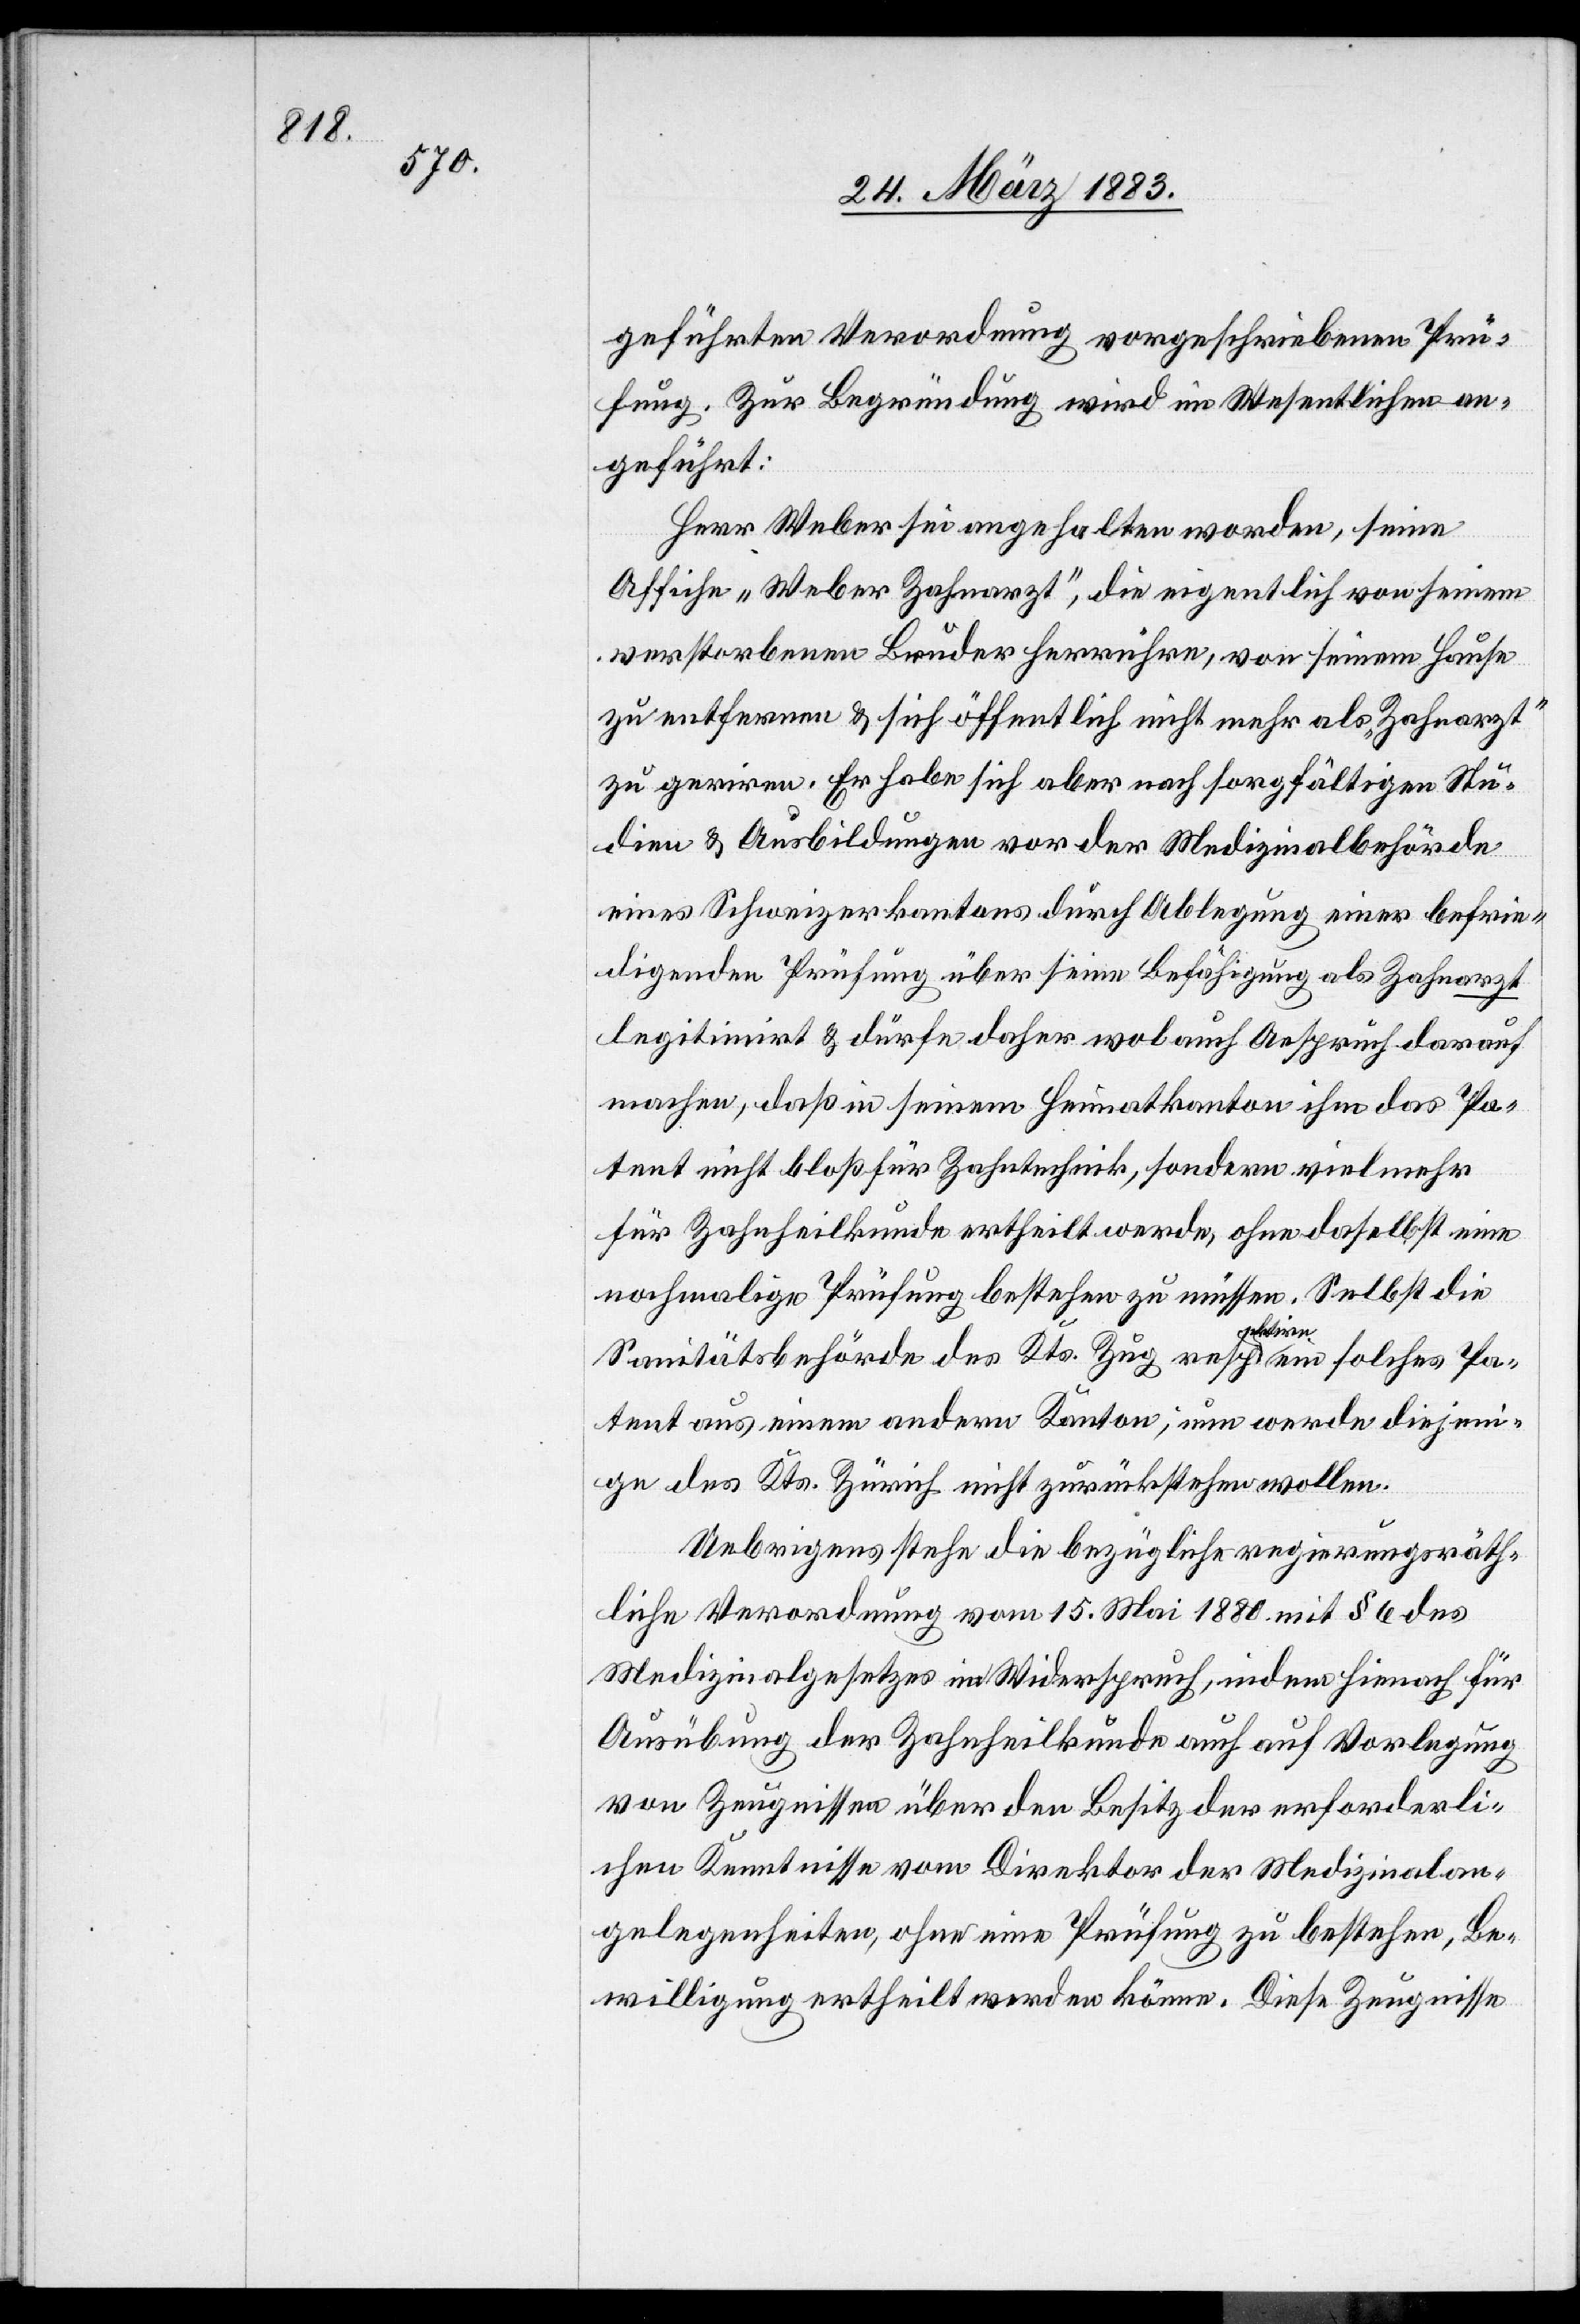
geführten Verordnung vorgeschriebenen Prü¬
fung. Zur Begründung wird im Wesentlichen an¬
geführt:
Herr Weber sei angehalten worden, seine
Affiche „Weber Zahnarzt“, die eigentlich von seinem
verstorbenen Bruder herrühre, von seinem Hause
zu entfernen & sich öffentlich nicht mehr als „Zahnarzt“
zu geriren. Er habe sich aber nach sorgfältigen Stu¬
dien & Ausbildungen vor der Medizinalbehörde
eines Schweizerkantons durch Ablegung einer befrie¬
digenden Prüfung über seine Befähigung als Zahnarzt
legitimirt & dürfe daher wol auch Anspruch darauf
machen, daß in seinem Heimatkanton ihm das Pa¬
tent nicht bloß für Zahntechnik, sondern vielmehr
für Zahnheilkunde ertheilt werde, ohne daselbst eine
nochmalige Prüfung bestehen zu müssen. Selbst die
Sanitätsbehörde des Kts. Zug respektire ein solches Pa¬
tent aus einem andern Kanton, nun werde diejeni¬
ge des Kts. Zürich nicht zurückstehen wollen.
Uebrigens stehe die bezügliche regierungsräth¬
liche Verordnung vom 15. Mai 1880 mit § 6 des
Medizinalgesetzes im Widerspruch, indem hienach für
Ausübung der Zahnheilkunde auch auf Vorlegung
von Zeugnissen über den Besitz der erforderli¬
chen Kenntnisse vom Direktor der Medizinalan¬
gelegenheiten, ohne eine Prüfung zu bestehen, Be¬
willigung ertheilt werden könne. Diese Zeugnisse